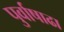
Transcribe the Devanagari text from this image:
पुर्वाषाढा